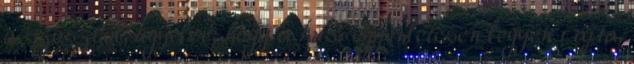
a szószból, ügyelve, hogy a husi egyenletesen legyen rajta,